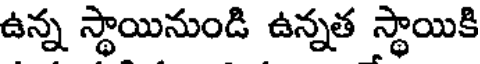
ఉన్న స్థాయినుండి ఉన్నత స్థాయికి